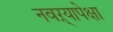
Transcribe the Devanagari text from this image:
नवऱ्यापेक्षा